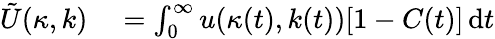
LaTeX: \begin{array}{rl}{\tilde{U}(\kappa,k)}&{{}=\int_{0}^{\infty}u(\kappa(t),k(t))[1-C(t)]\, \mathrm{d}t}\end{array}